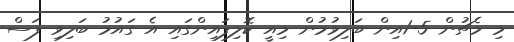
މި މެޗުން 5-1އިން ބަލިވުމުން މިއީ ކޮލިފައިންގައި އެ ގައުމު ބަލިވި ފަސް